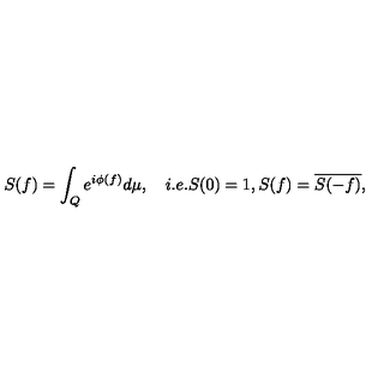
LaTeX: S ( f ) = \int _ { Q } e ^ { i \phi ( f ) } d \mu , \quad i . e . S ( 0 ) = 1 , S ( f ) = \overline { { S ( - f ) } } , \nonumber